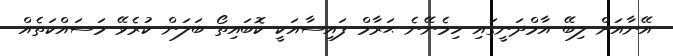
އޭނާއަށް ލިބޭ އާމްދަނީގައި ހިމެނޭނެ ޙަރާމް ފައިސާއަކީ ކޮބައިތޯ ބަލަން ކުރެވޭ މަސައްކަތެއް